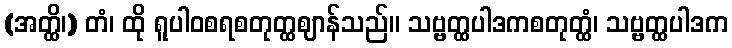
(အတ္ထိ၊) တံ၊ ထို ရူပါဝစရစတုတ္ထဈာန်သည်။ သဗ္ဗတ္ထပါဒကစတုတ္ထံ၊ သဗ္ဗတ္ထပါဒက